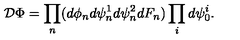
{ \cal D } \Phi = \prod _ { n } ( d \phi _ { n } d \psi _ { n } ^ { 1 } d \psi _ { n } ^ { 2 } d F _ { n } ) \prod _ { i } d \psi _ { 0 } ^ { i } .